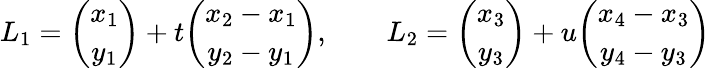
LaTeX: L_{1}={\binom{x_{1}}{y_{1}}}+t{\binom{x_{2}-x_{1}}{y_{2}-y_{1}}},\qquad L_{2}={\binom{x_{3}}{y_{3}}}+u{\binom{x_{4}-x_{3}}{y_{4}-y_{3}}}